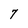
Character: 7